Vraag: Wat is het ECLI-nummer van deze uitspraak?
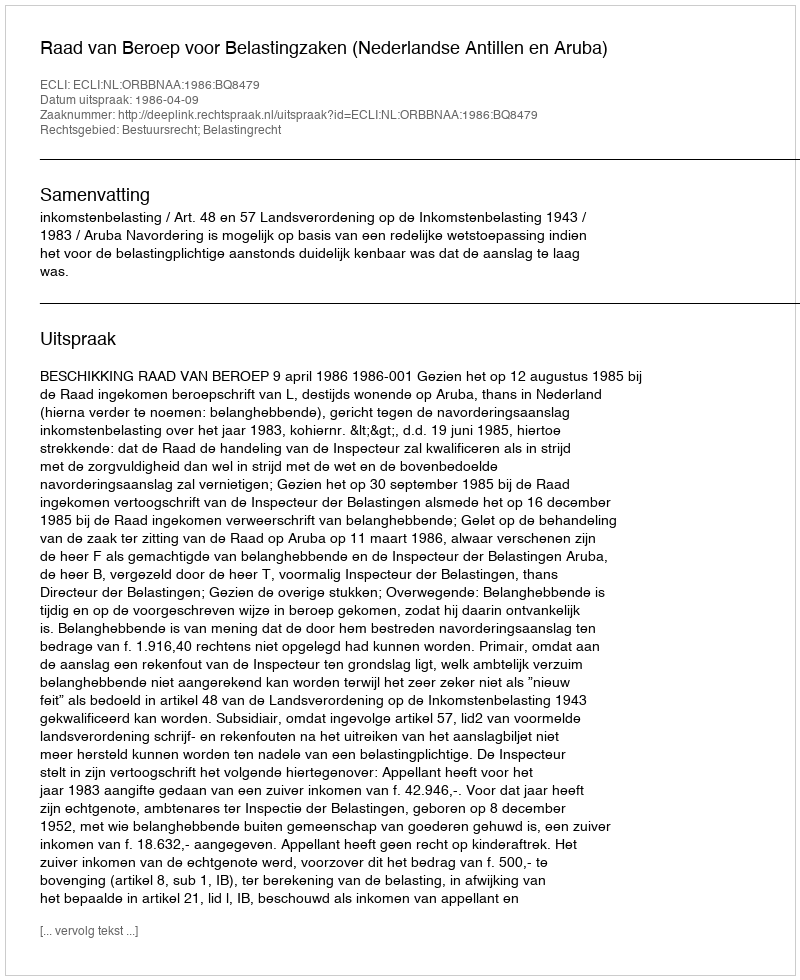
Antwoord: ECLI:NL:ORBBNAA:1986:BQ8479